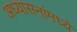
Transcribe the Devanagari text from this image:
अध्यासनांमध्ये